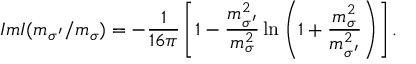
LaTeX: I m I ( m _ { \sigma ^ { \prime } } / m _ { \sigma } ) = - \frac { 1 } { 1 6 \pi } \left[ 1 - \frac { m _ { \sigma ^ { \prime } } ^ { 2 } } { m _ { \sigma } ^ { 2 } } \ln \left( 1 + \frac { m _ { \sigma } ^ { 2 } } { m _ { \sigma ^ { \prime } } ^ { 2 } } \right) \right] .